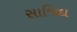
સાજિદા